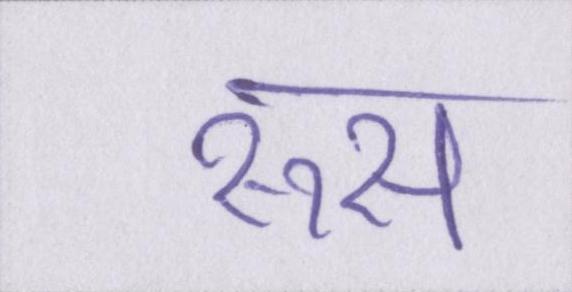
रूस